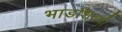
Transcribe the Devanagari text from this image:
भाडशिवणी